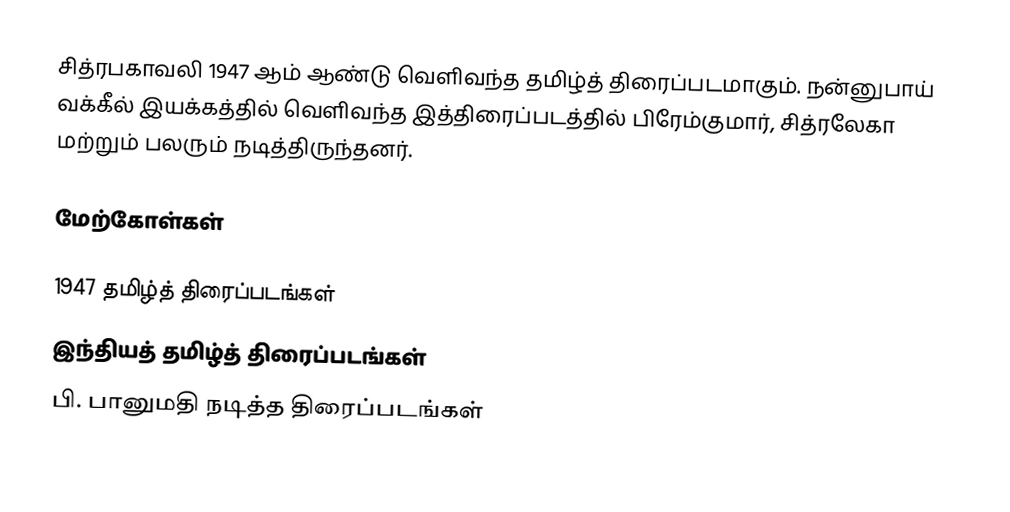
சித்ரபகாவலி 1947 ஆம் ஆண்டு வெளிவந்த தமிழ்த் திரைப்படமாகும். நன்னுபாய் வக்கீல் இயக்கத்தில் வெளிவந்த இத்திரைப்படத்தில் பிரேம்குமார், சித்ரலேகா மற்றும் பலரும் நடித்திருந்தனர்.

மேற்கோள்கள்

1947 தமிழ்த் திரைப்படங்கள்
இந்தியத் தமிழ்த் திரைப்படங்கள்
பி. பானுமதி நடித்த திரைப்படங்கள்